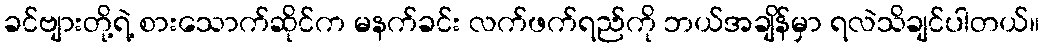
ခင်ဗျားတို့ရဲ့ စားသောက်ဆိုင်က မနက်ခင်း လက်ဖက်ရည်ကို ဘယ်အချိန်မှာ ရလဲသိချင်ပါတယ်။